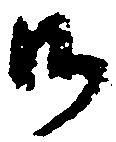
御